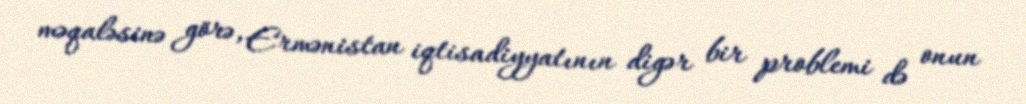
məqaləsinə görə, Ermənistan iqtisadiyyatının digər bir problemi də onun